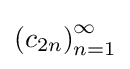
\left(c_{2n}\right)_{n=1}^{\infty }